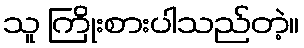
သူ ကြိုးစားပါသည်တဲ့။